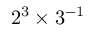
2 ^ { 3 } \times 3 ^ { - 1 }